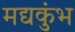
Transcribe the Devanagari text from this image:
मद्यकुंभ